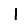
Digit: 1